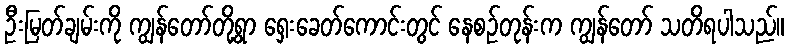
ဦးမြတ်ချမ်းကို ကျွန်တော်တို့ရွာ ရှေးခေတ်ကောင်းတွင် နေစဉ်တုန်းက ကျွန်တော် သတိရပါသည်။